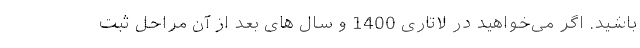
باشید. اگر می‌خواهید در لاتاری 1400 و سال های بعد از آن مراحل ثبت